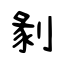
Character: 剶